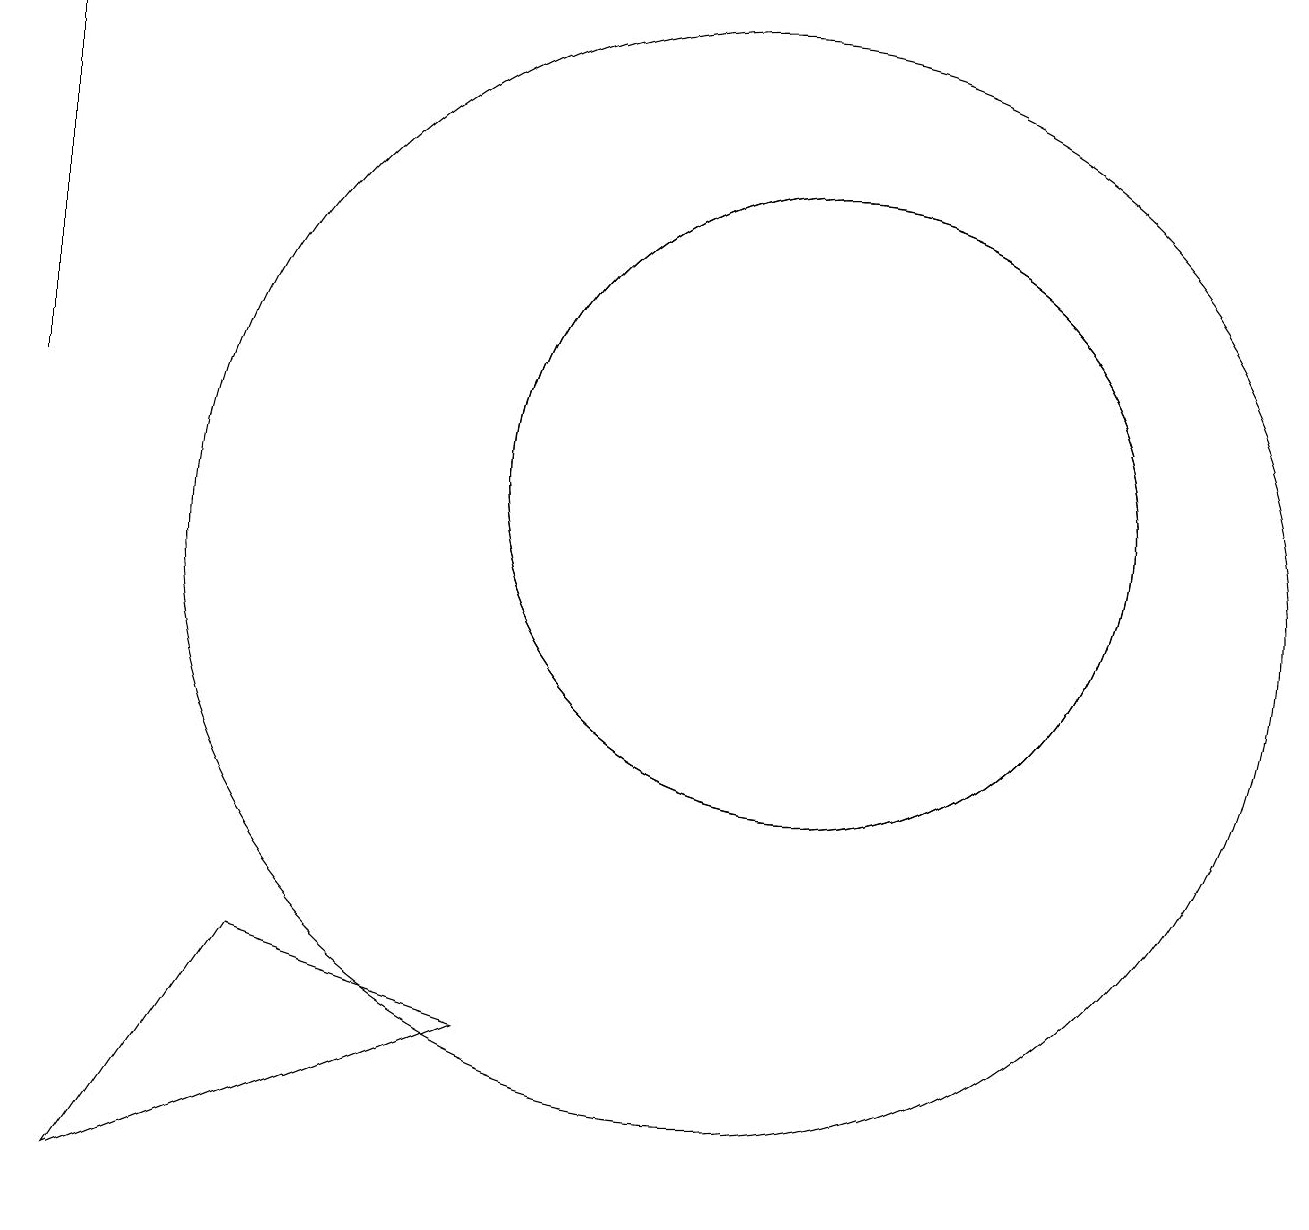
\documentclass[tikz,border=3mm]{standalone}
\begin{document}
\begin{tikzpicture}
\draw (11,11) circle (4);
\draw (1,17) rectangle (1,12);
\draw (10,10) circle (7);
\draw (7,4) -- (2,2) -- (4,5) -- cycle;
\draw (11,11) circle (4);
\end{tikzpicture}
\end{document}